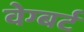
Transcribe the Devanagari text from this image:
वेग्बर्ट